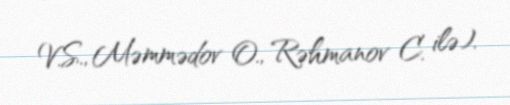
V.S., Məmmədov O., Rəhmanov C. ilə).